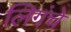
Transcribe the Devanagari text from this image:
लिगंचे